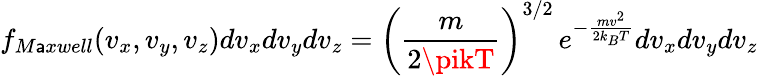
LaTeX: f_{M\mathsf{a}xwell}(v_{x},v_{y},v_{z})dv_{x}dv_{y}dv_{z}=\left({\frac{{m}}{{2\pikT}}}\right)^{3/2}\, e^{-{\frac{{mv^{2}}}{{2k_{B}T}}}}dv_{x}dv_{y}dv_{z}